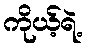
ကိုယ့်ရဲ့